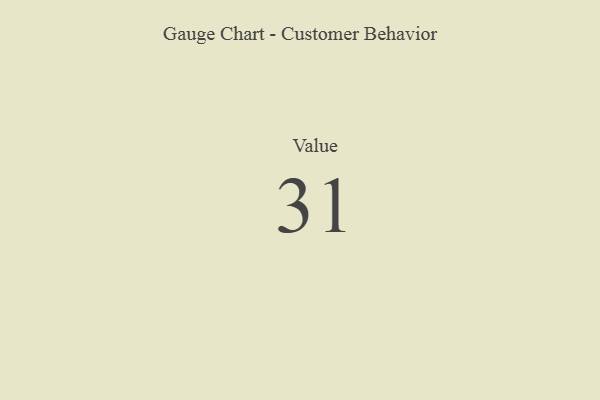
{"axis": {"x": "Metric", "y": "Value"}, "legend": [""], "data": [{"x": "Value", "y": 31, "type": ""}]}